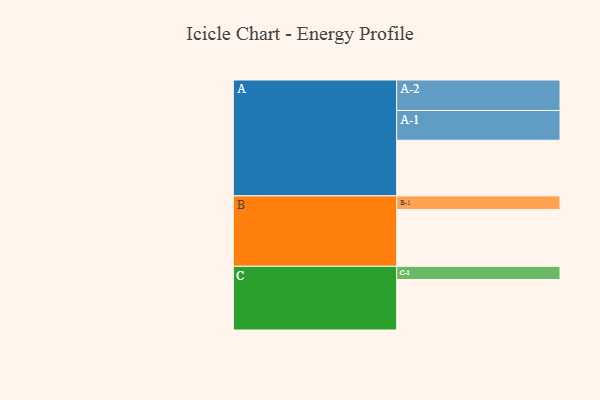
{"axis": {"x": "Segment", "y": "Value"}, "legend": ["", "A", "B", "C"], "data": [{"x": "A", "y": 546, "type": ""}, {"x": "B", "y": 558, "type": ""}, {"x": "C", "y": 495, "type": ""}, {"x": "A-1", "y": 292, "type": "A"}, {"x": "A-2", "y": 299, "type": "A"}, {"x": "B-1", "y": 133, "type": "B"}, {"x": "C-1", "y": 130, "type": "C"}]}